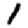
Digit: 1